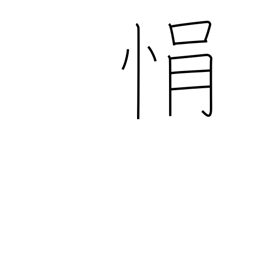
Meaning: impatience